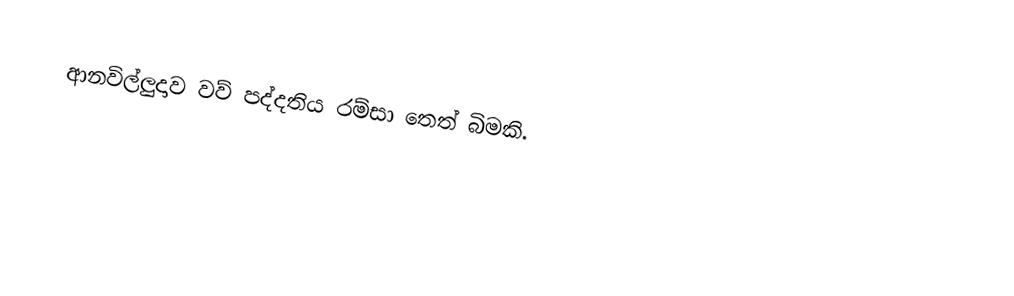
ආනවිල්ලුදාව වව් පද්දතිය රම්සා තෙත් බිමකි.